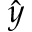
\hat { y }